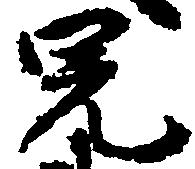
兄